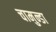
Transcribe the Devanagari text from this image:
चामुन्डा